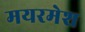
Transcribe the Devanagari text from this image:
मयरमेश